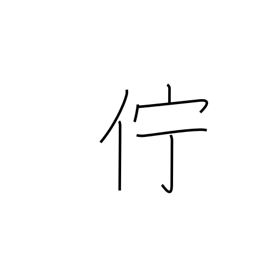
Meaning: linger